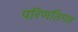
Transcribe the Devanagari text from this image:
परिणतिगत